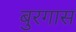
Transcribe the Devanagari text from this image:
बुरगास